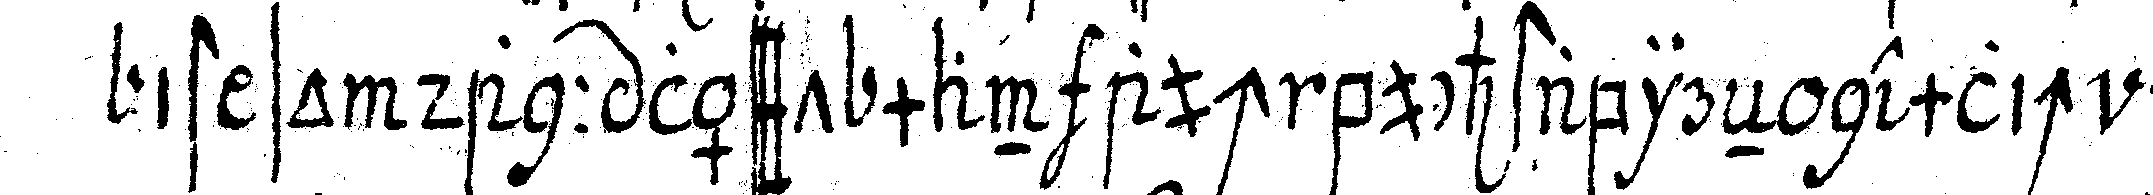
ist so dann lässt man auch buchstabireN nemlich